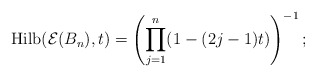
\begin{gather*}{\rm Hilb}({\cal E}(B_n),t)= \left(\prod_{j=1}^{n}(1-(2j-1)t) \right)^{-1};\end{gather*}